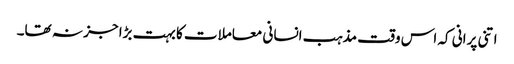
اتنی پرانی کہ اس وقت مذہب انسانی معاملات کا بہت بڑا جز نہ تھا۔